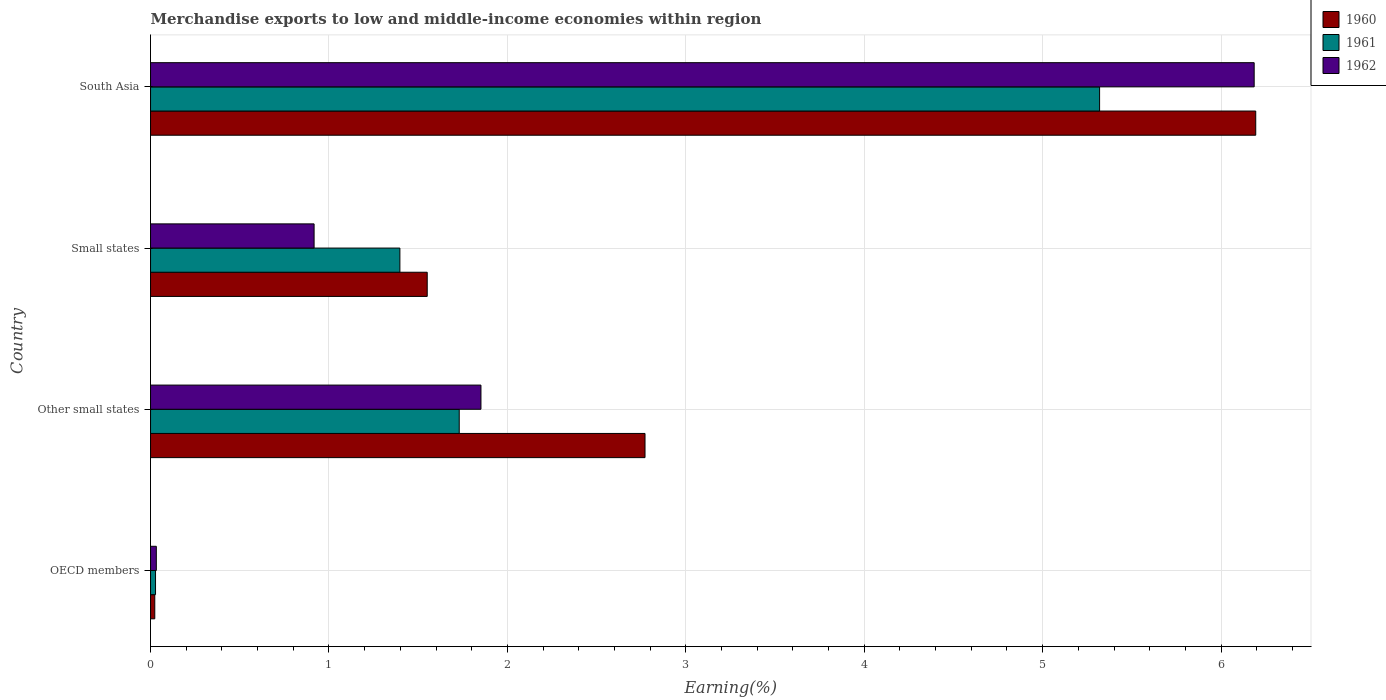
| Country | 1960 | 1961 | 1962 |
 | --- | --- | --- | --- |
 | OECD members | 0.0238 | 0.028 | 0.0324 |
 | Other small states | 2.77 | 1.73 | 1.85 |
 | Small states | 1.55 | 1.4 | 0.917 |
 | South Asia | 6.19 | 5.32 | 6.19 |